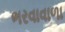
ભરવાવાળા